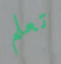
تعلم